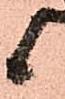
候